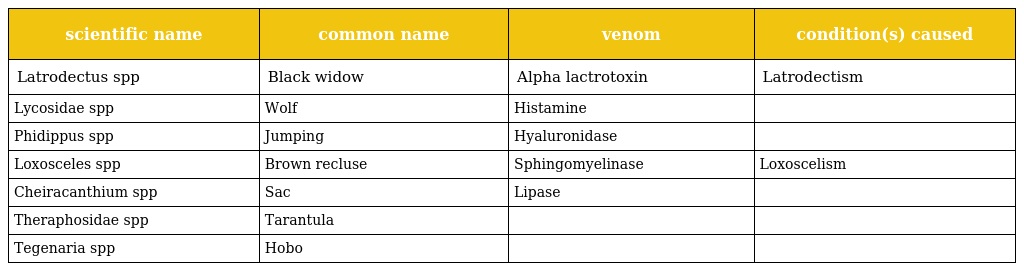
| scientific name | common name | venom | condition(s) caused |
 | --- | --- | --- | --- |
 | Latrodectus spp | Black widow | Alpha lactrotoxin | Latrodectism |
 | Lycosidae spp | Wolf | Histamine |  |
 | Phidippus spp | Jumping | Hyaluronidase |  |
 | Loxosceles spp | Brown recluse | Sphingomyelinase | Loxoscelism |
 | Cheiracanthium spp | Sac | Lipase |  |
 | Theraphosidae spp | Tarantula |  |  |
 | Tegenaria spp | Hobo |  |  |